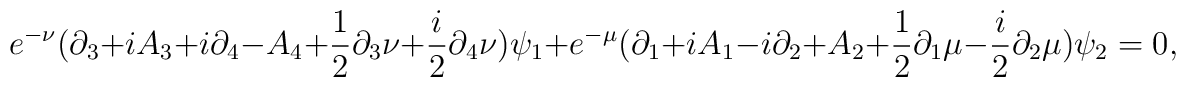
e^{-\nu}(\partial_{3}+iA_{3}+i\partial_{4}-A_{4}+{1 \over  2}\partial_{3}\nu +{i  \over 2}\partial_{4}\nu)\psi_{1}+e^{-\mu}(\partial_{1}+iA_{1}-i\partial_{2}+A_{2}+{1 \over  2}\partial_{1}\mu - {i  \over 2}\partial_{2}\mu)\psi_{2}=0,